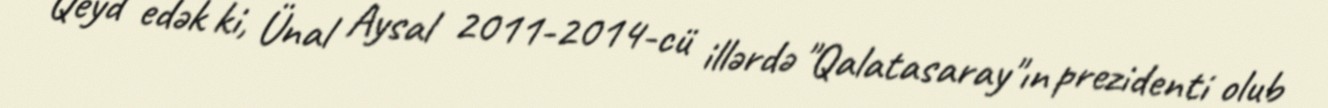
Qeyd edək ki, Ünal Aysal 2011-2014-cü illərdə "Qalatasaray"ın prezidenti olub